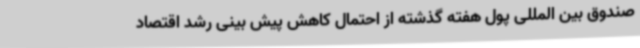
صندوق بین المللی پول هفته گذشته از احتمال کاهش پیش بینی رشد اقتصاد